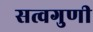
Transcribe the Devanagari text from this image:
सत्वगुणी